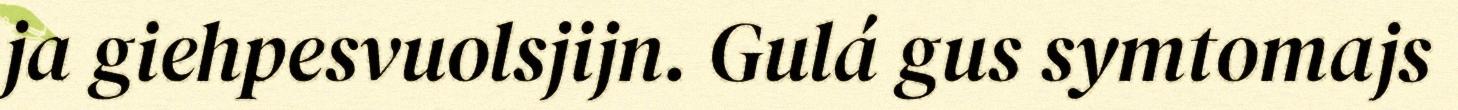
ja giehpesvuolsjijn. Gulá gus symtomajs